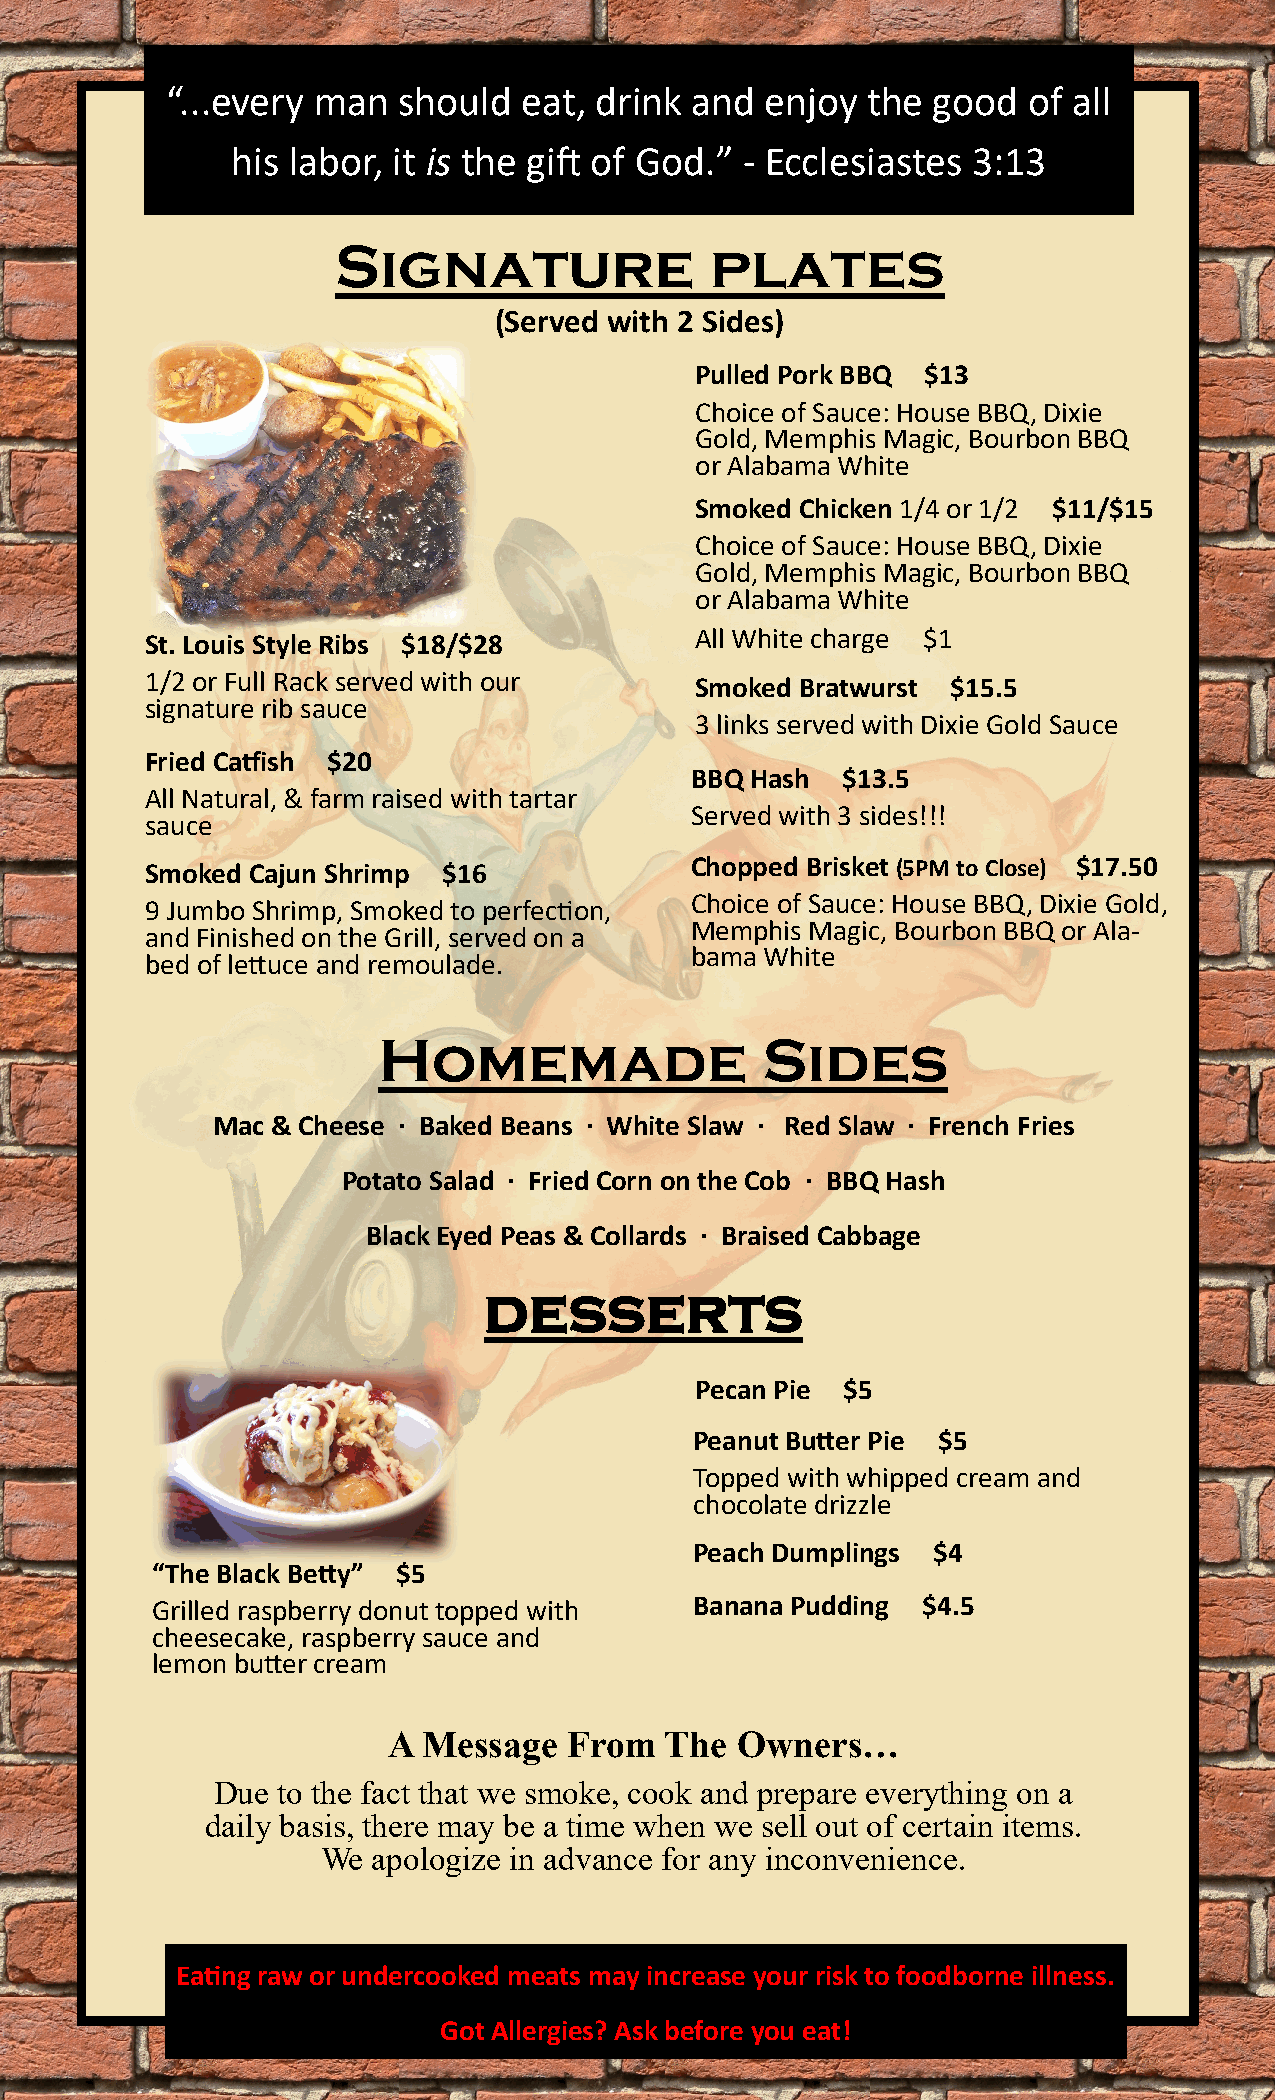
“...every man  should   eat, drink and  enjoy the  good  of all
 his labor, it is the gift of God.” - Ecclesiastes 3:13
 Signature                plates
 (Served with 2 Sides)
 Pulled Pork BBQ $13
 Choice of Sauce: House BBQ, Dixie
 Gold, Memphis Magic, Bourbon BBQ
 or Alabama White
 Smoked Chicken 1/4 or 1/2 $11/$15
 Choice of Sauce: House BBQ, Dixie
 Gold, Memphis Magic, Bourbon BBQ
 or Alabama White
 St. Louis Style Ribs $18/$28        All White charge $1
 1/2 or Full Rack served with our    Smoked Bratwurst $15.5
 signature rib sauce
 3 links served with Dixie Gold Sauce
 Fried Catfish $20
 BBQ Hash  $13.5
 All Natural, & farm raised with tartar
 Served with 3 sides!!!
 sauce
 Smoked Cajun Shrimp $16             Chopped Brisket (5PM to Close) $17.50
 Choice of Sauce: House BBQ, Dixie Gold,
 9 Jumbo Shrimp, Smoked to perfection,
 Memphis Magic, Bourbon BBQ or Ala-
 and Finished on the Grill, served on a
 bama White
 bed of lettuce and remoulade.
 Homemade                 Sides
 Mac & Cheese · Baked Beans · White Slaw · Red Slaw · French Fries
 Potato Salad · Fried Corn on the Cob · BBQ Hash
 Black Eyed Peas & Collards · Braised Cabbage
 desserts
 Pecan Pie $5
 Peanut Butter Pie $5
 Topped with whipped cream and
 chocolate drizzle
 Peach Dumplings $4
 “The Black Betty” $5
 Grilled raspberry donut topped with Banana Pudding $4.5
 cheesecake, raspberry sauce and
 lemon butter cream
 A Message   From  The  Owners…
 Due to the fact that we smoke, cook and prepare everything on a
 daily basis, there may be a time when we sell out of certain items.
 We  apologize in advance for any inconvenience.
 Eating raw or undercooked meats may increase your risk to foodborne illness.
 Got Allergies? Ask before you eat!